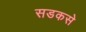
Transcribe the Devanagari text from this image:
सडकसे